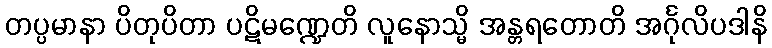
တပ္ပမာနာ ပိတုပိတာ ပဋိမဏ္ဍေတိ လူနောသ္မိ အန္တရတောတိ အင်္ဂုလိပဒါနိ